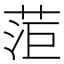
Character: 菃